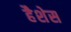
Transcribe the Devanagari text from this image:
हैशेस